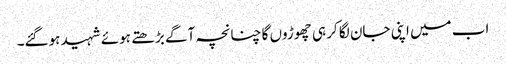
اب میں اپنی جان لگا کر ہی چھوڑوں گا چنانچہ آگے بڑھتے ہوئے شہید ہوگئے۔